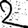
Digit: 2